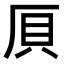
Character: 𠩠